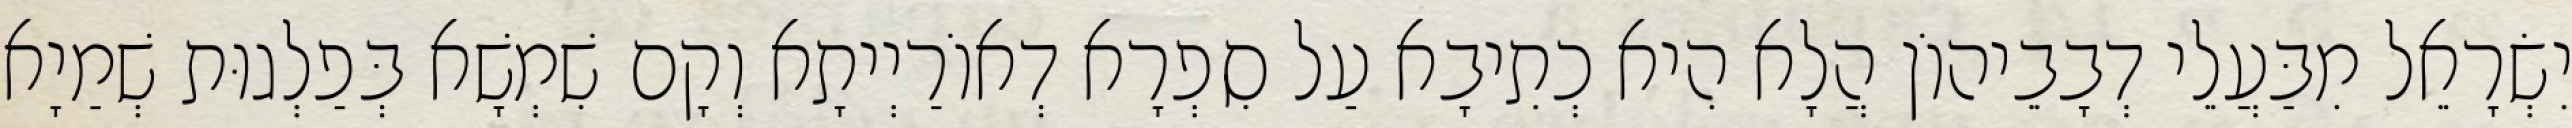
יִשְׂרָאֵל מִבַּעֲלֵי דְבָבֵיהוֹן הֲלָא הִיא כְתִיבָא עַל סִפְרָא דְאוֹרַיְיתָא וְקָם שִׁמְשָׁא בְּפַלְגוּת שְׁמַיָא